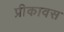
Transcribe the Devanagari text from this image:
प्रीकावस